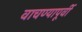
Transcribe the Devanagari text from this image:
वाचण्यापूर्वी